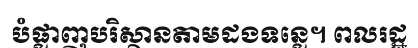
បំផ្លាញបរិស្ថានតាមដងទន្លេ។ ពលរដ្ឋ